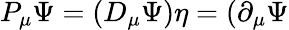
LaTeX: P_{\mu}\Psi=(D_{\mu}\Psi)\eta=(\partial_{\mu}\Psi